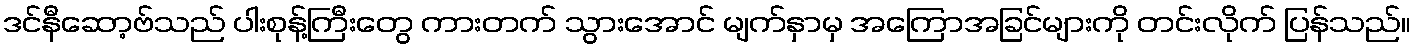
ဒင်နီဆော့ဗ်သည် ပါးစုန့်ကြီးတွေ ကားတက် သွားအောင် မျက်နှာမှ အကြောအခြင်များကို တင်းလိုက် ပြန်သည်။